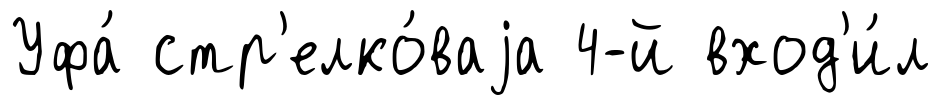
Уфа́ стр'елко́ваjа 4-й вход'и́л